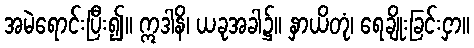
အမဲရောင်းပြီး၍။ ဣဒါနိ၊ ယခုအခါ၌။ နှာယိတုံ၊ ရေချိုးခြင်းငှာ။